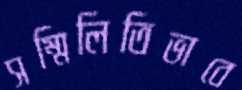
সম্মিলিতিভাবে